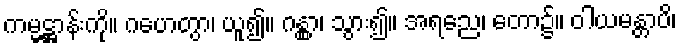
ကမ္မဋ္ဌာန်းကို။ ဂဟေတွာ၊ ယူ၍။ ဂန္တွာ၊ သွား၍။ အရညေ၊ တော၌။ ဝါယမန္တာပိ၊